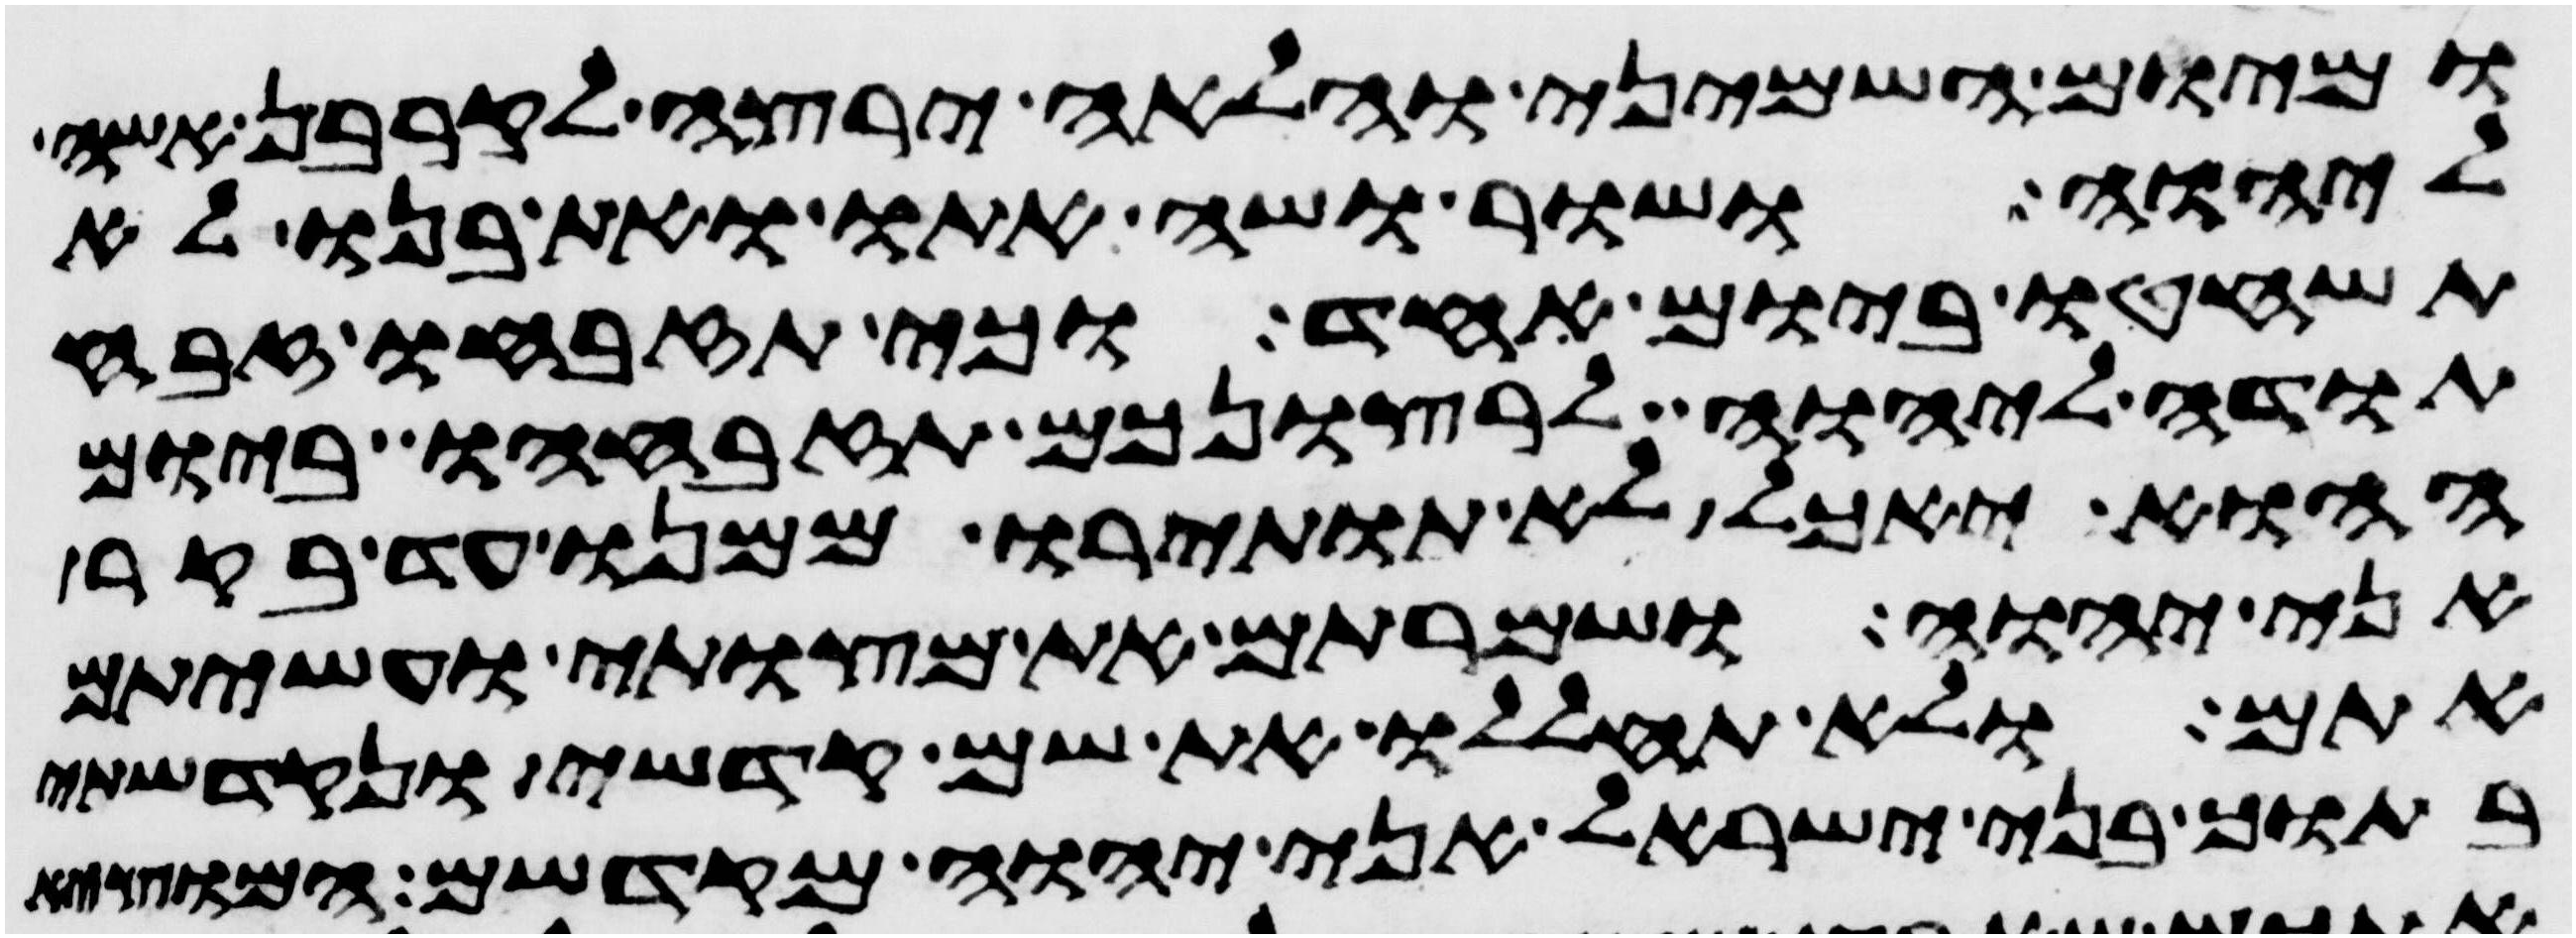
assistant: ומיום השמיני והלאה ירצה לקרבן אשה
ליהוה ושור ושה אתו ואת בנו לא
תשחטו ביום אחד וכי תזבחו זבח
תודה ליהוה לרצונכם תזבחהו ביום
ההוא יאכל לא תותירו ממנו עד בקר
אני יהוה ושמרתם את מצותי ועשיתם
אתם ולא תחללו את שם קדשי ונקדשתי
בתוך בני ישראל אני יהוה מקדשם המוצא